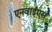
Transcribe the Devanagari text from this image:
एनवाईएस